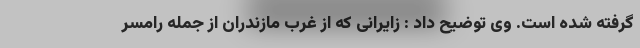
گرفته شده است. وی توضیح داد : زایرانی که از غرب مازندران از جمله رامسر